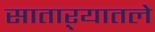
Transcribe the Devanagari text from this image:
साताऱ्यातले